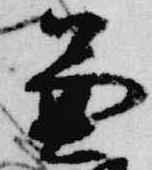
兼